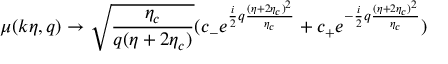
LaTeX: \mu ( k \eta , q ) \rightarrow \sqrt { \frac { \eta _ { c } } { q ( \eta + 2 \eta _ { c } ) } } ( c _ { - } e ^ { \frac { i } { 2 } q \frac { ( \eta + 2 \eta _ { c } ) ^ { 2 } } { \eta _ { c } } } + c _ { + } e ^ { - \frac { i } { 2 } q \frac { ( \eta + 2 \eta _ { c } ) ^ { 2 } } { \eta _ { c } } } )